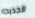
الجديده